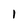
Character: l